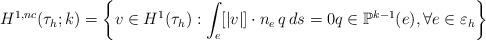
LaTeX: \begin{align*}H^{1,nc}(\tau_{h};k)=\left\{v\in H^{1}(\tau_{h}):\int_{e}[|v|] \cdot n_{e} \, q \, ds=0 q\in \mathbb{P}^{k-1}(e), \forall e\in \varepsilon_{h} \right\} \end{align*}